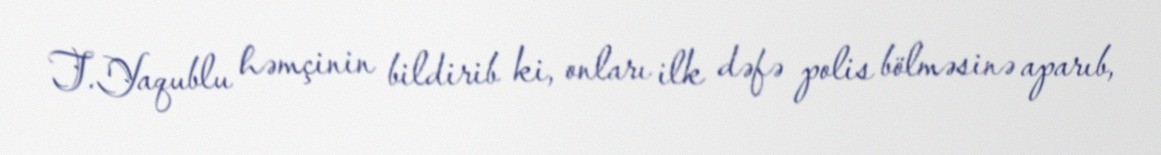
T.Yaqublu həmçinin bildirib ki, onları ilk dəfə polis bölməsinə aparıb,